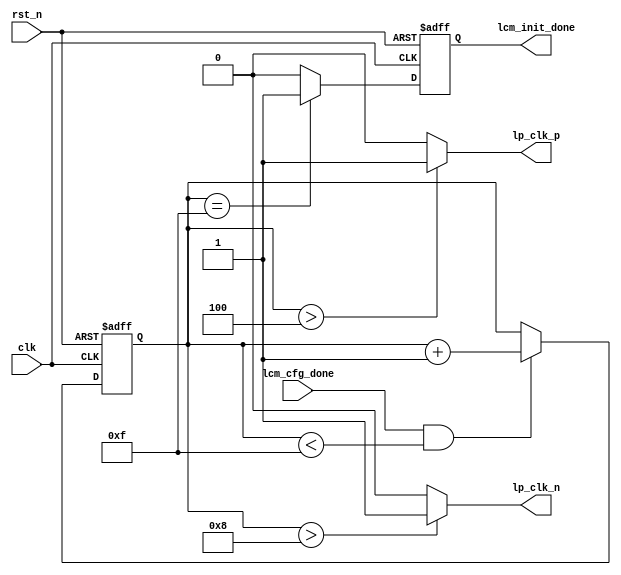
//****************************************Copyright (c)***********************************//
//www.yuanzige.com
//http://www.openedv.com/forum.php
//https://zhengdianyuanzi.tmall.com
//""ZYNQ & FPGA & STM32 & LINUX
//
//Copyright(C)  2022-2032
//All rights reserved                                  
//----------------------------------------------------------------------------------------
// File name:           lp_to_hs_clk
// Created by:          
// Created date:        202392315:38:10
// Version:             V1.0
// Descriptions:        LPmipi_clk,mipi_clk
//
//----------------------------------------------------------------------------------------
//****************************************************************************************//

module lp_to_hs_clk (
    input                clk,
    input                rst_n,
    
    input                lcm_cfg_done,   //DSI
    output               lp_clk_p,       //LPmipi_clk
    output               lp_clk_n,    
    output   reg         lcm_init_done   //DSI
);

//reg define
reg  [3:0]   delay_cnt;    //

//*****************************************************
//**                    main code
//*****************************************************

//clock lane send  lp110100 
assign lp_clk_p = delay_cnt > 4'd4  ?  1'b1  :  1'b0;
assign lp_clk_n = delay_cnt > 4'd8  ?  1'b1  :  1'b0;

//
always @(posedge clk or negedge rst_n) begin
    if(!rst_n) 
        delay_cnt <= 4'b0;
    else if(lcm_cfg_done && delay_cnt < 4'd15) 
        delay_cnt <= delay_cnt + 4'b1;
end

//DSI
always @(posedge clk or negedge rst_n) begin
    if(!rst_n) 
        lcm_init_done <= 1'b0;
    else if(delay_cnt == 4'd15) 
        lcm_init_done <= 1'b1;
    else
        lcm_init_done <= 1'b0;
end

endmodule